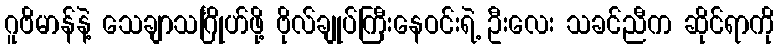
ဂူဗိမာန်နဲ့ သေချာသင်္ဂြိုဟ်ဖို့ ဗိုလ်ချုပ်ကြီးနေဝင်းရဲ့ ဦးလေး သခင်ညီက ဆိုင်ရာကို